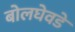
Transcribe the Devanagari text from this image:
बोलघेवडे